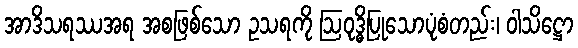
အာဒိသရဿအရ အစဖြစ်သော ဥသရကို ဩဝုဒ္ဓိပြုသောပုံစံတည်း၊ ဝါသိဋ္ဌော